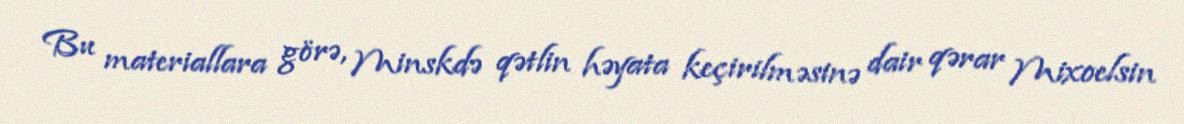
Bu materiallara görə, Minskdə qətlin həyata keçirilməsinə dair qərar Mixoelsin